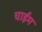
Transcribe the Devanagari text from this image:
चाईम